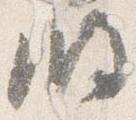
明